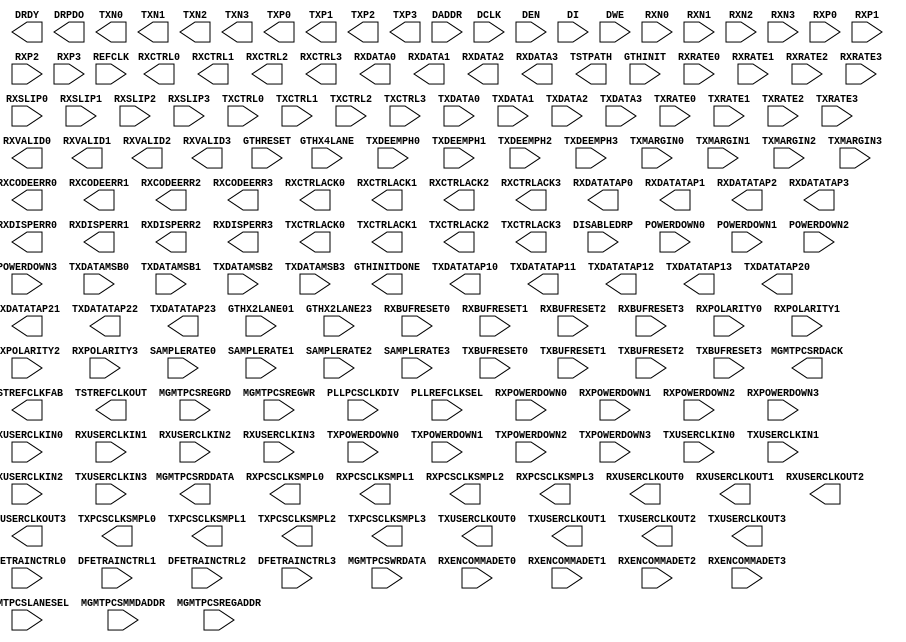
// $Header: /devl/xcs/repo/env/Databases/CAEInterfaces/xec_libs/data/unisims/GTHE1_QUAD.v,v 1.4 2011/09/07 23:47:48 vandanad Exp $
///////////////////////////////////////////////////////////////////////////////
// Copyright (c) 1995/2009 Xilinx, Inc.
// All Right Reserved.
///////////////////////////////////////////////////////////////////////////////
//   ____  ____
//  /   /\/   /
// /___/  \  /    Vendor : Xilinx
// \   \   \/     Version : 11.1i (L.11)
//  \   \         Description : Xilinx Formal Library Component
//  /   /
// /___/   /\     Filename : GTHE1_QUAD.v
// \   \  /  \    Timestamp :
//  \___\/\___\
//
// Revision:
//    09/01/09 - Initial version.
// End Revision

`timescale 1 ps / 1 ps 
module GTHE1_QUAD (
  DRDY,
  DRPDO,
  GTHINITDONE,
  MGMTPCSRDACK,
  MGMTPCSRDDATA,
  RXCODEERR0,
  RXCODEERR1,
  RXCODEERR2,
  RXCODEERR3,
  RXCTRL0,
  RXCTRL1,
  RXCTRL2,
  RXCTRL3,
  RXCTRLACK0,
  RXCTRLACK1,
  RXCTRLACK2,
  RXCTRLACK3,
  RXDATA0,
  RXDATA1,
  RXDATA2,
  RXDATA3,
  RXDATATAP0,
  RXDATATAP1,
  RXDATATAP2,
  RXDATATAP3,
  RXDISPERR0,
  RXDISPERR1,
  RXDISPERR2,
  RXDISPERR3,
  RXPCSCLKSMPL0,
  RXPCSCLKSMPL1,
  RXPCSCLKSMPL2,
  RXPCSCLKSMPL3,
  RXUSERCLKOUT0,
  RXUSERCLKOUT1,
  RXUSERCLKOUT2,
  RXUSERCLKOUT3,
  RXVALID0,
  RXVALID1,
  RXVALID2,
  RXVALID3,
  TSTPATH,
  TSTREFCLKFAB,
  TSTREFCLKOUT,
  TXCTRLACK0,
  TXCTRLACK1,
  TXCTRLACK2,
  TXCTRLACK3,
  TXDATATAP10,
  TXDATATAP11,
  TXDATATAP12,
  TXDATATAP13,
  TXDATATAP20,
  TXDATATAP21,
  TXDATATAP22,
  TXDATATAP23,
  TXN0,
  TXN1,
  TXN2,
  TXN3,
  TXP0,
  TXP1,
  TXP2,
  TXP3,
  TXPCSCLKSMPL0,
  TXPCSCLKSMPL1,
  TXPCSCLKSMPL2,
  TXPCSCLKSMPL3,
  TXUSERCLKOUT0,
  TXUSERCLKOUT1,
  TXUSERCLKOUT2,
  TXUSERCLKOUT3,
  DADDR,
  DCLK,
  DEN,
  DFETRAINCTRL0,
  DFETRAINCTRL1,
  DFETRAINCTRL2,
  DFETRAINCTRL3,
  DI,
  DISABLEDRP,
  DWE,
  GTHINIT,
  GTHRESET,
  GTHX2LANE01,
  GTHX2LANE23,
  GTHX4LANE,
  MGMTPCSLANESEL,
  MGMTPCSMMDADDR,
  MGMTPCSREGADDR,
  MGMTPCSREGRD,
  MGMTPCSREGWR,
  MGMTPCSWRDATA,
  PLLPCSCLKDIV,
  PLLREFCLKSEL,
  POWERDOWN0,
  POWERDOWN1,
  POWERDOWN2,
  POWERDOWN3,
  REFCLK,
  RXBUFRESET0,
  RXBUFRESET1,
  RXBUFRESET2,
  RXBUFRESET3,
  RXENCOMMADET0,
  RXENCOMMADET1,
  RXENCOMMADET2,
  RXENCOMMADET3,
  RXN0,
  RXN1,
  RXN2,
  RXN3,
  RXP0,
  RXP1,
  RXP2,
  RXP3,
  RXPOLARITY0,
  RXPOLARITY1,
  RXPOLARITY2,
  RXPOLARITY3,
  RXPOWERDOWN0,
  RXPOWERDOWN1,
  RXPOWERDOWN2,
  RXPOWERDOWN3,
  RXRATE0,
  RXRATE1,
  RXRATE2,
  RXRATE3,
  RXSLIP0,
  RXSLIP1,
  RXSLIP2,
  RXSLIP3,
  RXUSERCLKIN0,
  RXUSERCLKIN1,
  RXUSERCLKIN2,
  RXUSERCLKIN3,
  SAMPLERATE0,
  SAMPLERATE1,
  SAMPLERATE2,
  SAMPLERATE3,
  TXBUFRESET0,
  TXBUFRESET1,
  TXBUFRESET2,
  TXBUFRESET3,
  TXCTRL0,
  TXCTRL1,
  TXCTRL2,
  TXCTRL3,
  TXDATA0,
  TXDATA1,
  TXDATA2,
  TXDATA3,
  TXDATAMSB0,
  TXDATAMSB1,
  TXDATAMSB2,
  TXDATAMSB3,
  TXDEEMPH0,
  TXDEEMPH1,
  TXDEEMPH2,
  TXDEEMPH3,
  TXMARGIN0,
  TXMARGIN1,
  TXMARGIN2,
  TXMARGIN3,
  TXPOWERDOWN0,
  TXPOWERDOWN1,
  TXPOWERDOWN2,
  TXPOWERDOWN3,
  TXRATE0,
  TXRATE1,
  TXRATE2,
  TXRATE3,
  TXUSERCLKIN0,
  TXUSERCLKIN1,
  TXUSERCLKIN2,
  TXUSERCLKIN3
);

    parameter [15:0] BER_CONST_PTRN0 = 16'h0000;
  parameter [15:0] BER_CONST_PTRN1 = 16'h0000;
  parameter [15:0] BUFFER_CONFIG_LANE0 = 16'h4004;
  parameter [15:0] BUFFER_CONFIG_LANE1 = 16'h4004;
  parameter [15:0] BUFFER_CONFIG_LANE2 = 16'h4004;
  parameter [15:0] BUFFER_CONFIG_LANE3 = 16'h4004;
  parameter [15:0] DFE_TRAIN_CTRL_LANE0 = 16'h0000;
  parameter [15:0] DFE_TRAIN_CTRL_LANE1 = 16'h0000;
  parameter [15:0] DFE_TRAIN_CTRL_LANE2 = 16'h0000;
  parameter [15:0] DFE_TRAIN_CTRL_LANE3 = 16'h0000;
  parameter [15:0] DLL_CFG0 = 16'h8202;
  parameter [15:0] DLL_CFG1 = 16'h0000;
  parameter [15:0] E10GBASEKR_LD_COEFF_UPD_LANE0 = 16'h0000;
  parameter [15:0] E10GBASEKR_LD_COEFF_UPD_LANE1 = 16'h0000;
  parameter [15:0] E10GBASEKR_LD_COEFF_UPD_LANE2 = 16'h0000;
  parameter [15:0] E10GBASEKR_LD_COEFF_UPD_LANE3 = 16'h0000;
  parameter [15:0] E10GBASEKR_LP_COEFF_UPD_LANE0 = 16'h0000;
  parameter [15:0] E10GBASEKR_LP_COEFF_UPD_LANE1 = 16'h0000;
  parameter [15:0] E10GBASEKR_LP_COEFF_UPD_LANE2 = 16'h0000;
  parameter [15:0] E10GBASEKR_LP_COEFF_UPD_LANE3 = 16'h0000;
  parameter [15:0] E10GBASEKR_PMA_CTRL_LANE0 = 16'h0002;
  parameter [15:0] E10GBASEKR_PMA_CTRL_LANE1 = 16'h0002;
  parameter [15:0] E10GBASEKR_PMA_CTRL_LANE2 = 16'h0002;
  parameter [15:0] E10GBASEKR_PMA_CTRL_LANE3 = 16'h0002;
  parameter [15:0] E10GBASEKX_CTRL_LANE0 = 16'h0000;
  parameter [15:0] E10GBASEKX_CTRL_LANE1 = 16'h0000;
  parameter [15:0] E10GBASEKX_CTRL_LANE2 = 16'h0000;
  parameter [15:0] E10GBASEKX_CTRL_LANE3 = 16'h0000;
  parameter [15:0] E10GBASER_PCS_CFG_LANE0 = 16'h070C;
  parameter [15:0] E10GBASER_PCS_CFG_LANE1 = 16'h070C;
  parameter [15:0] E10GBASER_PCS_CFG_LANE2 = 16'h070C;
  parameter [15:0] E10GBASER_PCS_CFG_LANE3 = 16'h070C;
  parameter [15:0] E10GBASER_PCS_SEEDA0_LANE0 = 16'h0001;
  parameter [15:0] E10GBASER_PCS_SEEDA0_LANE1 = 16'h0001;
  parameter [15:0] E10GBASER_PCS_SEEDA0_LANE2 = 16'h0001;
  parameter [15:0] E10GBASER_PCS_SEEDA0_LANE3 = 16'h0001;
  parameter [15:0] E10GBASER_PCS_SEEDA1_LANE0 = 16'h0000;
  parameter [15:0] E10GBASER_PCS_SEEDA1_LANE1 = 16'h0000;
  parameter [15:0] E10GBASER_PCS_SEEDA1_LANE2 = 16'h0000;
  parameter [15:0] E10GBASER_PCS_SEEDA1_LANE3 = 16'h0000;
  parameter [15:0] E10GBASER_PCS_SEEDA2_LANE0 = 16'h0000;
  parameter [15:0] E10GBASER_PCS_SEEDA2_LANE1 = 16'h0000;
  parameter [15:0] E10GBASER_PCS_SEEDA2_LANE2 = 16'h0000;
  parameter [15:0] E10GBASER_PCS_SEEDA2_LANE3 = 16'h0000;
  parameter [15:0] E10GBASER_PCS_SEEDA3_LANE0 = 16'h0000;
  parameter [15:0] E10GBASER_PCS_SEEDA3_LANE1 = 16'h0000;
  parameter [15:0] E10GBASER_PCS_SEEDA3_LANE2 = 16'h0000;
  parameter [15:0] E10GBASER_PCS_SEEDA3_LANE3 = 16'h0000;
  parameter [15:0] E10GBASER_PCS_SEEDB0_LANE0 = 16'h0001;
  parameter [15:0] E10GBASER_PCS_SEEDB0_LANE1 = 16'h0001;
  parameter [15:0] E10GBASER_PCS_SEEDB0_LANE2 = 16'h0001;
  parameter [15:0] E10GBASER_PCS_SEEDB0_LANE3 = 16'h0001;
  parameter [15:0] E10GBASER_PCS_SEEDB1_LANE0 = 16'h0000;
  parameter [15:0] E10GBASER_PCS_SEEDB1_LANE1 = 16'h0000;
  parameter [15:0] E10GBASER_PCS_SEEDB1_LANE2 = 16'h0000;
  parameter [15:0] E10GBASER_PCS_SEEDB1_LANE3 = 16'h0000;
  parameter [15:0] E10GBASER_PCS_SEEDB2_LANE0 = 16'h0000;
  parameter [15:0] E10GBASER_PCS_SEEDB2_LANE1 = 16'h0000;
  parameter [15:0] E10GBASER_PCS_SEEDB2_LANE2 = 16'h0000;
  parameter [15:0] E10GBASER_PCS_SEEDB2_LANE3 = 16'h0000;
  parameter [15:0] E10GBASER_PCS_SEEDB3_LANE0 = 16'h0000;
  parameter [15:0] E10GBASER_PCS_SEEDB3_LANE1 = 16'h0000;
  parameter [15:0] E10GBASER_PCS_SEEDB3_LANE2 = 16'h0000;
  parameter [15:0] E10GBASER_PCS_SEEDB3_LANE3 = 16'h0000;
  parameter [15:0] E10GBASER_PCS_TEST_CTRL_LANE0 = 16'h0000;
  parameter [15:0] E10GBASER_PCS_TEST_CTRL_LANE1 = 16'h0000;
  parameter [15:0] E10GBASER_PCS_TEST_CTRL_LANE2 = 16'h0000;
  parameter [15:0] E10GBASER_PCS_TEST_CTRL_LANE3 = 16'h0000;
  parameter [15:0] E10GBASEX_PCS_TSTCTRL_LANE0 = 16'h0000;
  parameter [15:0] E10GBASEX_PCS_TSTCTRL_LANE1 = 16'h0000;
  parameter [15:0] E10GBASEX_PCS_TSTCTRL_LANE2 = 16'h0000;
  parameter [15:0] E10GBASEX_PCS_TSTCTRL_LANE3 = 16'h0000;
  parameter [15:0] GLBL0_NOISE_CTRL = 16'hF0B8;
  parameter [15:0] GLBL_AMON_SEL = 16'h0000;
  parameter [15:0] GLBL_DMON_SEL = 16'h0200;
  parameter [15:0] GLBL_PWR_CTRL = 16'h0000;
  parameter [0:0] GTH_CFG_PWRUP_LANE0 = 1'b1;
  parameter [0:0] GTH_CFG_PWRUP_LANE1 = 1'b1;
  parameter [0:0] GTH_CFG_PWRUP_LANE2 = 1'b1;
  parameter [0:0] GTH_CFG_PWRUP_LANE3 = 1'b1;
  parameter [15:0] LANE_AMON_SEL = 16'h00F0;
  parameter [15:0] LANE_DMON_SEL = 16'h0000;
  parameter [15:0] LANE_LNK_CFGOVRD = 16'h0000;
  parameter [15:0] LANE_PWR_CTRL_LANE0 = 16'h0400;
  parameter [15:0] LANE_PWR_CTRL_LANE1 = 16'h0400;
  parameter [15:0] LANE_PWR_CTRL_LANE2 = 16'h0400;
  parameter [15:0] LANE_PWR_CTRL_LANE3 = 16'h0400;
  parameter [15:0] LNK_TRN_CFG_LANE0 = 16'h0000;
  parameter [15:0] LNK_TRN_CFG_LANE1 = 16'h0000;
  parameter [15:0] LNK_TRN_CFG_LANE2 = 16'h0000;
  parameter [15:0] LNK_TRN_CFG_LANE3 = 16'h0000;
  parameter [15:0] LNK_TRN_COEFF_REQ_LANE0 = 16'h0000;
  parameter [15:0] LNK_TRN_COEFF_REQ_LANE1 = 16'h0000;
  parameter [15:0] LNK_TRN_COEFF_REQ_LANE2 = 16'h0000;
  parameter [15:0] LNK_TRN_COEFF_REQ_LANE3 = 16'h0000;
  parameter [15:0] MISC_CFG = 16'h0008;
  parameter [15:0] MODE_CFG1 = 16'h0000;
  parameter [15:0] MODE_CFG2 = 16'h0000;
  parameter [15:0] MODE_CFG3 = 16'h0000;
  parameter [15:0] MODE_CFG4 = 16'h0000;
  parameter [15:0] MODE_CFG5 = 16'h0000;
  parameter [15:0] MODE_CFG6 = 16'h0000;
  parameter [15:0] MODE_CFG7 = 16'h0000;
  parameter [15:0] PCS_ABILITY_LANE0 = 16'h0010;
  parameter [15:0] PCS_ABILITY_LANE1 = 16'h0010;
  parameter [15:0] PCS_ABILITY_LANE2 = 16'h0010;
  parameter [15:0] PCS_ABILITY_LANE3 = 16'h0010;
  parameter [15:0] PCS_CTRL1_LANE0 = 16'h2040;
  parameter [15:0] PCS_CTRL1_LANE1 = 16'h2040;
  parameter [15:0] PCS_CTRL1_LANE2 = 16'h2040;
  parameter [15:0] PCS_CTRL1_LANE3 = 16'h2040;
  parameter [15:0] PCS_CTRL2_LANE0 = 16'h0000;
  parameter [15:0] PCS_CTRL2_LANE1 = 16'h0000;
  parameter [15:0] PCS_CTRL2_LANE2 = 16'h0000;
  parameter [15:0] PCS_CTRL2_LANE3 = 16'h0000;
  parameter [15:0] PCS_MISC_CFG_0_LANE0 = 16'h1116;
  parameter [15:0] PCS_MISC_CFG_0_LANE1 = 16'h1116;
  parameter [15:0] PCS_MISC_CFG_0_LANE2 = 16'h1116;
  parameter [15:0] PCS_MISC_CFG_0_LANE3 = 16'h1116;
  parameter [15:0] PCS_MISC_CFG_1_LANE0 = 16'h0000;
  parameter [15:0] PCS_MISC_CFG_1_LANE1 = 16'h0000;
  parameter [15:0] PCS_MISC_CFG_1_LANE2 = 16'h0000;
  parameter [15:0] PCS_MISC_CFG_1_LANE3 = 16'h0000;
  parameter [15:0] PCS_MODE_LANE0 = 16'h0000;
  parameter [15:0] PCS_MODE_LANE1 = 16'h0000;
  parameter [15:0] PCS_MODE_LANE2 = 16'h0000;
  parameter [15:0] PCS_MODE_LANE3 = 16'h0000;
  parameter [15:0] PCS_RESET_1_LANE0 = 16'h0002;
  parameter [15:0] PCS_RESET_1_LANE1 = 16'h0002;
  parameter [15:0] PCS_RESET_1_LANE2 = 16'h0002;
  parameter [15:0] PCS_RESET_1_LANE3 = 16'h0002;
  parameter [15:0] PCS_RESET_LANE0 = 16'h0000;
  parameter [15:0] PCS_RESET_LANE1 = 16'h0000;
  parameter [15:0] PCS_RESET_LANE2 = 16'h0000;
  parameter [15:0] PCS_RESET_LANE3 = 16'h0000;
  parameter [15:0] PCS_TYPE_LANE0 = 16'h002C;
  parameter [15:0] PCS_TYPE_LANE1 = 16'h002C;
  parameter [15:0] PCS_TYPE_LANE2 = 16'h002C;
  parameter [15:0] PCS_TYPE_LANE3 = 16'h002C;
  parameter [15:0] PLL_CFG0 = 16'h95DF;
  parameter [15:0] PLL_CFG1 = 16'h81C0;
  parameter [15:0] PLL_CFG2 = 16'h0424;
  parameter [15:0] PMA_CTRL1_LANE0 = 16'h0000;
  parameter [15:0] PMA_CTRL1_LANE1 = 16'h0000;
  parameter [15:0] PMA_CTRL1_LANE2 = 16'h0000;
  parameter [15:0] PMA_CTRL1_LANE3 = 16'h0000;
  parameter [15:0] PMA_CTRL2_LANE0 = 16'h000B;
  parameter [15:0] PMA_CTRL2_LANE1 = 16'h000B;
  parameter [15:0] PMA_CTRL2_LANE2 = 16'h000B;
  parameter [15:0] PMA_CTRL2_LANE3 = 16'h000B;
  parameter [15:0] PMA_LPBK_CTRL_LANE0 = 16'h0004;
  parameter [15:0] PMA_LPBK_CTRL_LANE1 = 16'h0004;
  parameter [15:0] PMA_LPBK_CTRL_LANE2 = 16'h0004;
  parameter [15:0] PMA_LPBK_CTRL_LANE3 = 16'h0004;
  parameter [15:0] PRBS_BER_CFG0_LANE0 = 16'h0000;
  parameter [15:0] PRBS_BER_CFG0_LANE1 = 16'h0000;
  parameter [15:0] PRBS_BER_CFG0_LANE2 = 16'h0000;
  parameter [15:0] PRBS_BER_CFG0_LANE3 = 16'h0000;
  parameter [15:0] PRBS_BER_CFG1_LANE0 = 16'h0000;
  parameter [15:0] PRBS_BER_CFG1_LANE1 = 16'h0000;
  parameter [15:0] PRBS_BER_CFG1_LANE2 = 16'h0000;
  parameter [15:0] PRBS_BER_CFG1_LANE3 = 16'h0000;
  parameter [15:0] PRBS_CFG_LANE0 = 16'h000A;
  parameter [15:0] PRBS_CFG_LANE1 = 16'h000A;
  parameter [15:0] PRBS_CFG_LANE2 = 16'h000A;
  parameter [15:0] PRBS_CFG_LANE3 = 16'h000A;
  parameter [15:0] PTRN_CFG0_LSB = 16'h5555;
  parameter [15:0] PTRN_CFG0_MSB = 16'h5555;
  parameter [15:0] PTRN_LEN_CFG = 16'h001F;
  parameter [15:0] PWRUP_DLY = 16'h0000;
  parameter [15:0] RX_AEQ_VAL0_LANE0 = 16'h03C0;
  parameter [15:0] RX_AEQ_VAL0_LANE1 = 16'h03C0;
  parameter [15:0] RX_AEQ_VAL0_LANE2 = 16'h03C0;
  parameter [15:0] RX_AEQ_VAL0_LANE3 = 16'h03C0;
  parameter [15:0] RX_AEQ_VAL1_LANE0 = 16'h0000;
  parameter [15:0] RX_AEQ_VAL1_LANE1 = 16'h0000;
  parameter [15:0] RX_AEQ_VAL1_LANE2 = 16'h0000;
  parameter [15:0] RX_AEQ_VAL1_LANE3 = 16'h0000;
  parameter [15:0] RX_AGC_CTRL_LANE0 = 16'h0000;
  parameter [15:0] RX_AGC_CTRL_LANE1 = 16'h0000;
  parameter [15:0] RX_AGC_CTRL_LANE2 = 16'h0000;
  parameter [15:0] RX_AGC_CTRL_LANE3 = 16'h0000;
  parameter [15:0] RX_CDR_CTRL0_LANE0 = 16'h0005;
  parameter [15:0] RX_CDR_CTRL0_LANE1 = 16'h0005;
  parameter [15:0] RX_CDR_CTRL0_LANE2 = 16'h0005;
  parameter [15:0] RX_CDR_CTRL0_LANE3 = 16'h0005;
  parameter [15:0] RX_CDR_CTRL1_LANE0 = 16'h4200;
  parameter [15:0] RX_CDR_CTRL1_LANE1 = 16'h4200;
  parameter [15:0] RX_CDR_CTRL1_LANE2 = 16'h4200;
  parameter [15:0] RX_CDR_CTRL1_LANE3 = 16'h4200;
  parameter [15:0] RX_CDR_CTRL2_LANE0 = 16'h2000;
  parameter [15:0] RX_CDR_CTRL2_LANE1 = 16'h2000;
  parameter [15:0] RX_CDR_CTRL2_LANE2 = 16'h2000;
  parameter [15:0] RX_CDR_CTRL2_LANE3 = 16'h2000;
  parameter [15:0] RX_CFG0_LANE0 = 16'h0500;
  parameter [15:0] RX_CFG0_LANE1 = 16'h0500;
  parameter [15:0] RX_CFG0_LANE2 = 16'h0500;
  parameter [15:0] RX_CFG0_LANE3 = 16'h0500;
  parameter [15:0] RX_CFG1_LANE0 = 16'h821F;
  parameter [15:0] RX_CFG1_LANE1 = 16'h821F;
  parameter [15:0] RX_CFG1_LANE2 = 16'h821F;
  parameter [15:0] RX_CFG1_LANE3 = 16'h821F;
  parameter [15:0] RX_CFG2_LANE0 = 16'h1001;
  parameter [15:0] RX_CFG2_LANE1 = 16'h1001;
  parameter [15:0] RX_CFG2_LANE2 = 16'h1001;
  parameter [15:0] RX_CFG2_LANE3 = 16'h1001;
  parameter [15:0] RX_CTLE_CTRL_LANE0 = 16'h008F;
  parameter [15:0] RX_CTLE_CTRL_LANE1 = 16'h008F;
  parameter [15:0] RX_CTLE_CTRL_LANE2 = 16'h008F;
  parameter [15:0] RX_CTLE_CTRL_LANE3 = 16'h008F;
  parameter [15:0] RX_CTRL_OVRD_LANE0 = 16'h000C;
  parameter [15:0] RX_CTRL_OVRD_LANE1 = 16'h000C;
  parameter [15:0] RX_CTRL_OVRD_LANE2 = 16'h000C;
  parameter [15:0] RX_CTRL_OVRD_LANE3 = 16'h000C;
  parameter integer RX_FABRIC_WIDTH0 = 6466;
  parameter integer RX_FABRIC_WIDTH1 = 6466;
  parameter integer RX_FABRIC_WIDTH2 = 6466;
  parameter integer RX_FABRIC_WIDTH3 = 6466;
  parameter [15:0] RX_LOOP_CTRL_LANE0 = 16'h007F;
  parameter [15:0] RX_LOOP_CTRL_LANE1 = 16'h007F;
  parameter [15:0] RX_LOOP_CTRL_LANE2 = 16'h007F;
  parameter [15:0] RX_LOOP_CTRL_LANE3 = 16'h007F;
  parameter [15:0] RX_MVAL0_LANE0 = 16'h0000;
  parameter [15:0] RX_MVAL0_LANE1 = 16'h0000;
  parameter [15:0] RX_MVAL0_LANE2 = 16'h0000;
  parameter [15:0] RX_MVAL0_LANE3 = 16'h0000;
  parameter [15:0] RX_MVAL1_LANE0 = 16'h0000;
  parameter [15:0] RX_MVAL1_LANE1 = 16'h0000;
  parameter [15:0] RX_MVAL1_LANE2 = 16'h0000;
  parameter [15:0] RX_MVAL1_LANE3 = 16'h0000;
  parameter [15:0] RX_P0S_CTRL = 16'h1206;
  parameter [15:0] RX_P0_CTRL = 16'h11F0;
  parameter [15:0] RX_P1_CTRL = 16'h120F;
  parameter [15:0] RX_P2_CTRL = 16'h0E0F;
  parameter [15:0] RX_PI_CTRL0 = 16'hD2F0;
  parameter [15:0] RX_PI_CTRL1 = 16'h0080;
  parameter integer SIM_GTHRESET_SPEEDUP = 1;
  parameter SIM_VERSION = "1.0";
  parameter [15:0] SLICE_CFG = 16'h0000;
  parameter [15:0] SLICE_NOISE_CTRL_0_LANE01 = 16'h0000;
  parameter [15:0] SLICE_NOISE_CTRL_0_LANE23 = 16'h0000;
  parameter [15:0] SLICE_NOISE_CTRL_1_LANE01 = 16'h0000;
  parameter [15:0] SLICE_NOISE_CTRL_1_LANE23 = 16'h0000;
  parameter [15:0] SLICE_NOISE_CTRL_2_LANE01 = 16'h7FFF;
  parameter [15:0] SLICE_NOISE_CTRL_2_LANE23 = 16'h7FFF;
  parameter [15:0] SLICE_TX_RESET_LANE01 = 16'h0000;
  parameter [15:0] SLICE_TX_RESET_LANE23 = 16'h0000;
  parameter [15:0] TERM_CTRL_LANE0 = 16'h5007;
  parameter [15:0] TERM_CTRL_LANE1 = 16'h5007;
  parameter [15:0] TERM_CTRL_LANE2 = 16'h5007;
  parameter [15:0] TERM_CTRL_LANE3 = 16'h5007;
  parameter [15:0] TX_CFG0_LANE0 = 16'h203D;
  parameter [15:0] TX_CFG0_LANE1 = 16'h203D;
  parameter [15:0] TX_CFG0_LANE2 = 16'h203D;
  parameter [15:0] TX_CFG0_LANE3 = 16'h203D;
  parameter [15:0] TX_CFG1_LANE0 = 16'h0F00;
  parameter [15:0] TX_CFG1_LANE1 = 16'h0F00;
  parameter [15:0] TX_CFG1_LANE2 = 16'h0F00;
  parameter [15:0] TX_CFG1_LANE3 = 16'h0F00;
  parameter [15:0] TX_CFG2_LANE0 = 16'h0081;
  parameter [15:0] TX_CFG2_LANE1 = 16'h0081;
  parameter [15:0] TX_CFG2_LANE2 = 16'h0081;
  parameter [15:0] TX_CFG2_LANE3 = 16'h0081;
  parameter [15:0] TX_CLK_SEL0_LANE0 = 16'h2121;
  parameter [15:0] TX_CLK_SEL0_LANE1 = 16'h2121;
  parameter [15:0] TX_CLK_SEL0_LANE2 = 16'h2121;
  parameter [15:0] TX_CLK_SEL0_LANE3 = 16'h2121;
  parameter [15:0] TX_CLK_SEL1_LANE0 = 16'h2121;
  parameter [15:0] TX_CLK_SEL1_LANE1 = 16'h2121;
  parameter [15:0] TX_CLK_SEL1_LANE2 = 16'h2121;
  parameter [15:0] TX_CLK_SEL1_LANE3 = 16'h2121;
  parameter [15:0] TX_DISABLE_LANE0 = 16'h0000;
  parameter [15:0] TX_DISABLE_LANE1 = 16'h0000;
  parameter [15:0] TX_DISABLE_LANE2 = 16'h0000;
  parameter [15:0] TX_DISABLE_LANE3 = 16'h0000;
  parameter integer TX_FABRIC_WIDTH0 = 6466;
  parameter integer TX_FABRIC_WIDTH1 = 6466;
  parameter integer TX_FABRIC_WIDTH2 = 6466;
  parameter integer TX_FABRIC_WIDTH3 = 6466;
  parameter [15:0] TX_P0P0S_CTRL = 16'h060C;
  parameter [15:0] TX_P1P2_CTRL = 16'h0C39;
  parameter [15:0] TX_PREEMPH_LANE0 = 16'h00A1;
  parameter [15:0] TX_PREEMPH_LANE1 = 16'h00A1;
  parameter [15:0] TX_PREEMPH_LANE2 = 16'h00A1;
  parameter [15:0] TX_PREEMPH_LANE3 = 16'h00A1;
  parameter [15:0] TX_PWR_RATE_OVRD_LANE0 = 16'h0060;
  parameter [15:0] TX_PWR_RATE_OVRD_LANE1 = 16'h0060;
  parameter [15:0] TX_PWR_RATE_OVRD_LANE2 = 16'h0060;
  parameter [15:0] TX_PWR_RATE_OVRD_LANE3 = 16'h0060;
  
  output DRDY;
  output GTHINITDONE;
  output MGMTPCSRDACK;
  output RXCTRLACK0;
  output RXCTRLACK1;
  output RXCTRLACK2;
  output RXCTRLACK3;
  output RXDATATAP0;
  output RXDATATAP1;
  output RXDATATAP2;
  output RXDATATAP3;
  output RXPCSCLKSMPL0;
  output RXPCSCLKSMPL1;
  output RXPCSCLKSMPL2;
  output RXPCSCLKSMPL3;
  output RXUSERCLKOUT0;
  output RXUSERCLKOUT1;
  output RXUSERCLKOUT2;
  output RXUSERCLKOUT3;
  output TSTPATH;
  output TSTREFCLKFAB;
  output TSTREFCLKOUT;
  output TXCTRLACK0;
  output TXCTRLACK1;
  output TXCTRLACK2;
  output TXCTRLACK3;
  output TXDATATAP10;
  output TXDATATAP11;
  output TXDATATAP12;
  output TXDATATAP13;
  output TXDATATAP20;
  output TXDATATAP21;
  output TXDATATAP22;
  output TXDATATAP23;
  output TXN0;
  output TXN1;
  output TXN2;
  output TXN3;
  output TXP0;
  output TXP1;
  output TXP2;
  output TXP3;
  output TXPCSCLKSMPL0;
  output TXPCSCLKSMPL1;
  output TXPCSCLKSMPL2;
  output TXPCSCLKSMPL3;
  output TXUSERCLKOUT0;
  output TXUSERCLKOUT1;
  output TXUSERCLKOUT2;
  output TXUSERCLKOUT3;
  output [15:0] DRPDO;
  output [15:0] MGMTPCSRDDATA;
  output [63:0] RXDATA0;
  output [63:0] RXDATA1;
  output [63:0] RXDATA2;
  output [63:0] RXDATA3;
  output [7:0] RXCODEERR0;
  output [7:0] RXCODEERR1;
  output [7:0] RXCODEERR2;
  output [7:0] RXCODEERR3;
  output [7:0] RXCTRL0;
  output [7:0] RXCTRL1;
  output [7:0] RXCTRL2;
  output [7:0] RXCTRL3;
  output [7:0] RXDISPERR0;
  output [7:0] RXDISPERR1;
  output [7:0] RXDISPERR2;
  output [7:0] RXDISPERR3;
  output [7:0] RXVALID0;
  output [7:0] RXVALID1;
  output [7:0] RXVALID2;
  output [7:0] RXVALID3;

  input DCLK;
  input DEN;
  input DFETRAINCTRL0;
  input DFETRAINCTRL1;
  input DFETRAINCTRL2;
  input DFETRAINCTRL3;
  input DISABLEDRP;
  input DWE;
  input GTHINIT;
  input GTHRESET;
  input GTHX2LANE01;
  input GTHX2LANE23;
  input GTHX4LANE;
  input MGMTPCSREGRD;
  input MGMTPCSREGWR;
  input POWERDOWN0;
  input POWERDOWN1;
  input POWERDOWN2;
  input POWERDOWN3;
  input REFCLK;
  input RXBUFRESET0;
  input RXBUFRESET1;
  input RXBUFRESET2;
  input RXBUFRESET3;
  input RXENCOMMADET0;
  input RXENCOMMADET1;
  input RXENCOMMADET2;
  input RXENCOMMADET3;
  input RXN0;
  input RXN1;
  input RXN2;
  input RXN3;
  input RXP0;
  input RXP1;
  input RXP2;
  input RXP3;
  input RXPOLARITY0;
  input RXPOLARITY1;
  input RXPOLARITY2;
  input RXPOLARITY3;
  input RXSLIP0;
  input RXSLIP1;
  input RXSLIP2;
  input RXSLIP3;
  input RXUSERCLKIN0;
  input RXUSERCLKIN1;
  input RXUSERCLKIN2;
  input RXUSERCLKIN3;
  input TXBUFRESET0;
  input TXBUFRESET1;
  input TXBUFRESET2;
  input TXBUFRESET3;
  input TXDEEMPH0;
  input TXDEEMPH1;
  input TXDEEMPH2;
  input TXDEEMPH3;
  input TXUSERCLKIN0;
  input TXUSERCLKIN1;
  input TXUSERCLKIN2;
  input TXUSERCLKIN3;
  input [15:0] DADDR;
  input [15:0] DI;
  input [15:0] MGMTPCSREGADDR;
  input [15:0] MGMTPCSWRDATA;
  input [1:0] RXPOWERDOWN0;
  input [1:0] RXPOWERDOWN1;
  input [1:0] RXPOWERDOWN2;
  input [1:0] RXPOWERDOWN3;
  input [1:0] RXRATE0;
  input [1:0] RXRATE1;
  input [1:0] RXRATE2;
  input [1:0] RXRATE3;
  input [1:0] TXPOWERDOWN0;
  input [1:0] TXPOWERDOWN1;
  input [1:0] TXPOWERDOWN2;
  input [1:0] TXPOWERDOWN3;
  input [1:0] TXRATE0;
  input [1:0] TXRATE1;
  input [1:0] TXRATE2;
  input [1:0] TXRATE3;
  input [2:0] PLLREFCLKSEL;
  input [2:0] SAMPLERATE0;
  input [2:0] SAMPLERATE1;
  input [2:0] SAMPLERATE2;
  input [2:0] SAMPLERATE3;
  input [2:0] TXMARGIN0;
  input [2:0] TXMARGIN1;
  input [2:0] TXMARGIN2;
  input [2:0] TXMARGIN3;
  input [3:0] MGMTPCSLANESEL;
  input [4:0] MGMTPCSMMDADDR;
  input [5:0] PLLPCSCLKDIV;
  input [63:0] TXDATA0;
  input [63:0] TXDATA1;
  input [63:0] TXDATA2;
  input [63:0] TXDATA3;
  input [7:0] TXCTRL0;
  input [7:0] TXCTRL1;
  input [7:0] TXCTRL2;
  input [7:0] TXCTRL3;
  input [7:0] TXDATAMSB0;
  input [7:0] TXDATAMSB1;
  input [7:0] TXDATAMSB2;
  input [7:0] TXDATAMSB3;

endmodule